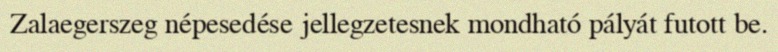
Zalaegerszeg népesedése jellegzetesnek mondható pályát futott be.